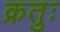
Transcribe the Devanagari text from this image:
क्रतुः